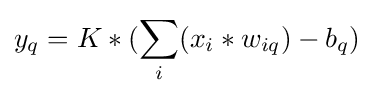
y_{q}=K*(\sum _{i}(x_{i}*w_{iq})-b_{q})